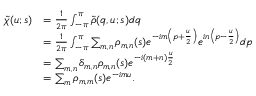
\begin{array} { r l } { \tilde { \chi } ( u ; s ) } & { = \frac { 1 } { 2 \pi } \int _ { - \pi } ^ { \pi } \tilde { \rho } ( q , u ; s ) d q } \\ & { = \frac { 1 } { 2 \pi } \int _ { - \pi } ^ { \pi } \sum _ { m , n } \rho _ { m , n } ( s ) e ^ { - i m \left( p + \frac { u } { 2 } \right) } e ^ { i n \left( p - \frac { u } { 2 } \right) } d p } \\ & { = \sum _ { m , n } \delta _ { m , n } \rho _ { m , n } ( s ) e ^ { - i ( m + n ) \frac { u } { 2 } } } \\ & { = \sum _ { m } \rho _ { m , m } ( s ) e ^ { - i m u } . } \end{array}